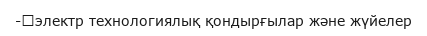
-	электр технологиялық қондырғылар және жүйелер